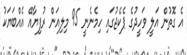
އެ ގޮތުން އަލީ ވަހީދުގެ ޕެކެޖުގައި ހިމެނެނީ 95 މިލިއަން ރުފިޔާއޭ އެއްބަޔަކު